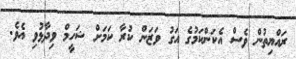
ރައްޔިތުން ވެސް އެކަންކަމުގެ އަގު ވަޒަން ކުރާ ކަމަށް ޝަހީމް ވިދާޅުވި އެވެ.